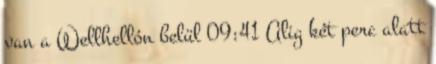
van a Wellhellón belül 09:41 Alig két perc alatt